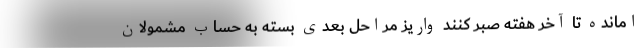
امانده تا آخر هفته صبر کنند واریز مراحل بعدی بسته به حساب مشمولان